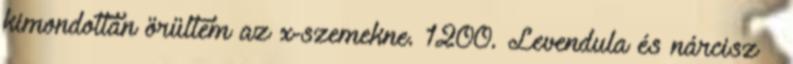
kimondottan örültem az x-szemekne. 1200. Levendula és nárcisz